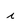
Character: i